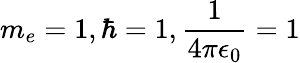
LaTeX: m_{e}=1,\hbar=1,\frac{1}{4\pi\epsilon_{0}}=1